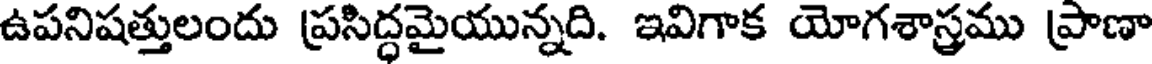
ఉపనిషత్తులందు ప్రసిద్ధమైయున్నది. ఇవిగాక యోగశాస్త్రము ప్రాణా